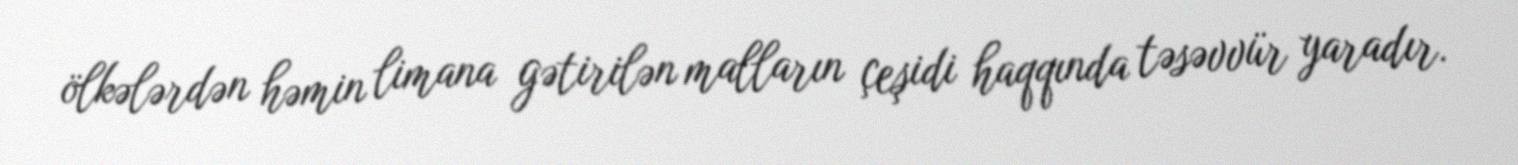
ölkələrdən həmin limana gətirilən malların çeşidi haqqında təsəvvür yaradır.